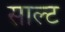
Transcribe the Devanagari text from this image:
साल्‍ट